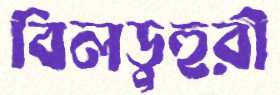
বিলডুহুরী